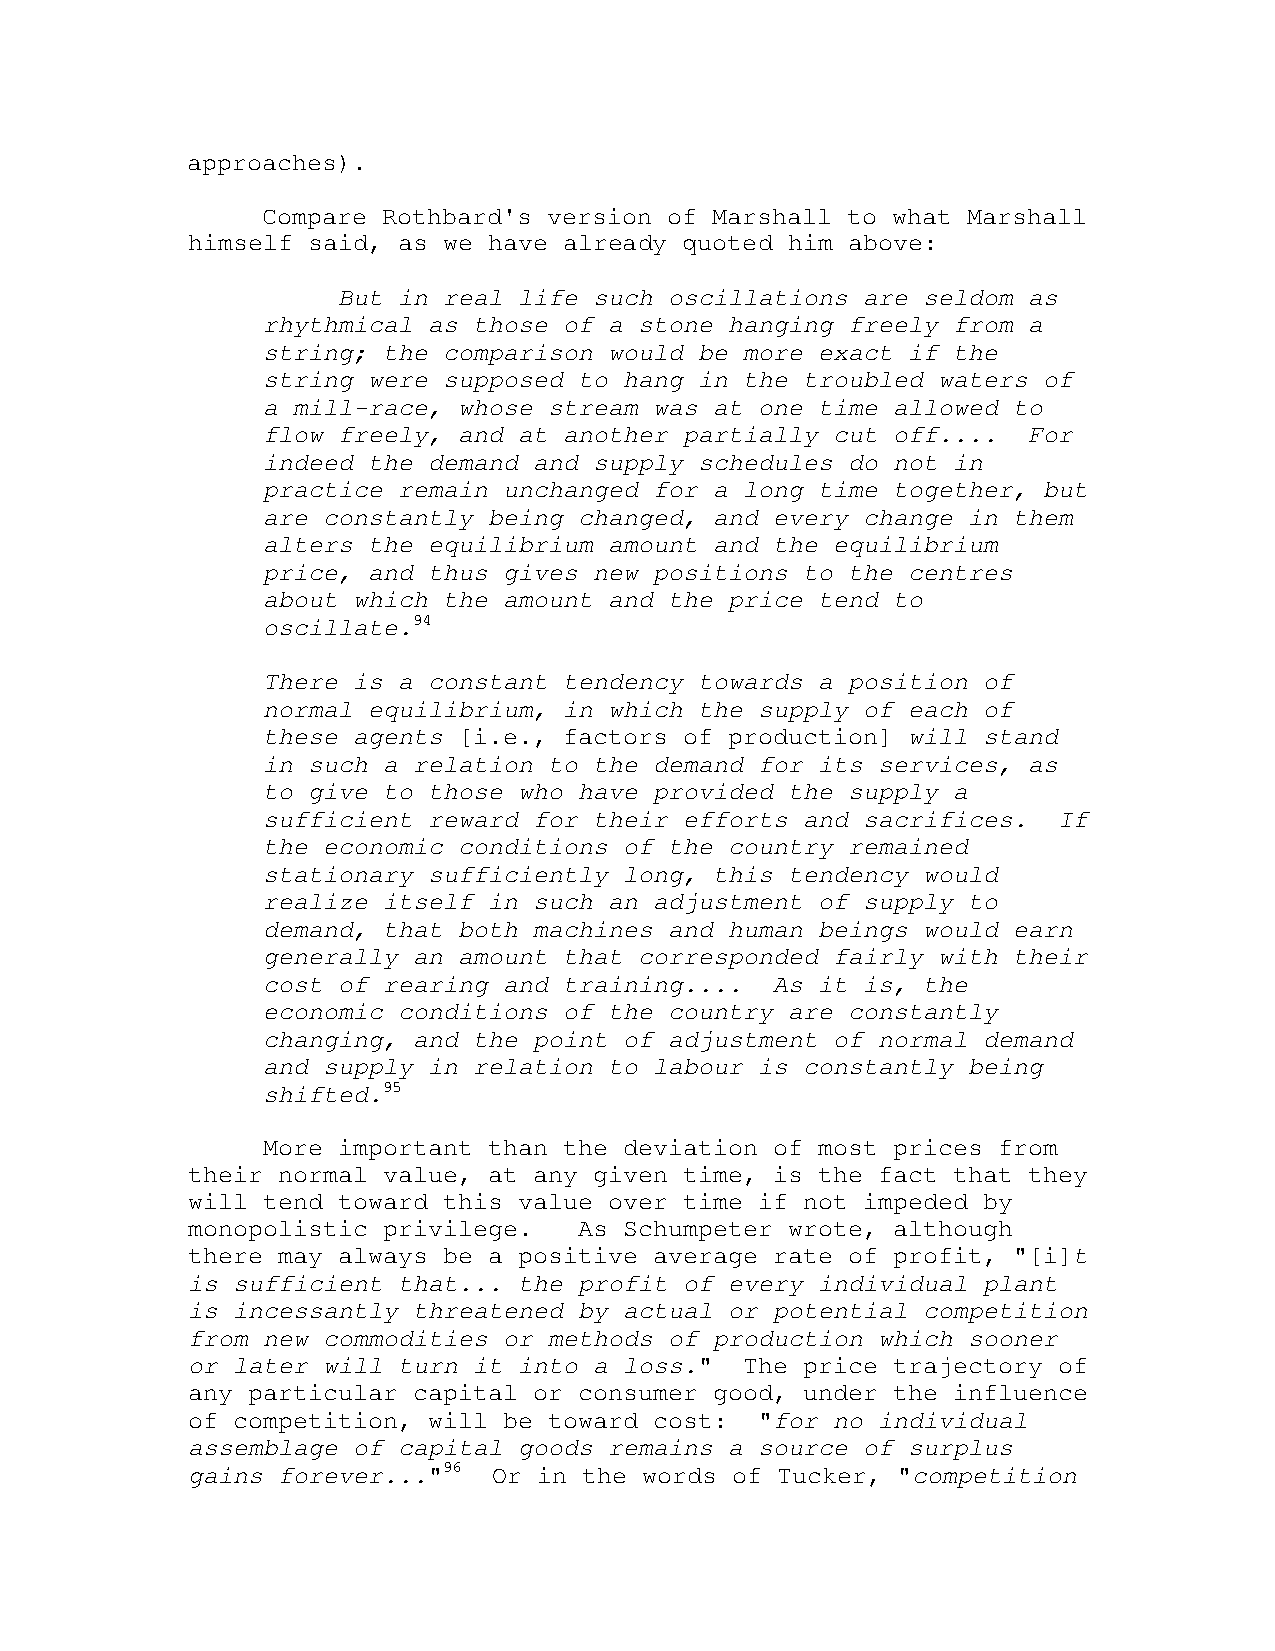
approaches).
 Compare Rothbard's version of Marshall to what Marshall
 himself said, as we have already quoted him above:
 But in real life such oscillations are seldom as
 rhythmical as those of a stone hanging freely from a
 string; the comparison would be more exact if the
 string were supposed to hang in the troubled waters of
 a mill-race, whose stream was at one time allowed to
 flow freely, and at another partially cut off....  For
 indeed the demand and supply schedules do not in
 practice remain unchanged for a long time together, but
 are constantly being changed, and every change in them
 alters the equilibrium amount and the equilibrium
 price, and thus gives new positions to the centres
 about which the amount and the price tend to
 oscillate.94
 There is a constant tendency towards a position of
 normal equilibrium, in which the supply of each of
 these agents [i.e., factors of production] will stand
 in such a relation to the demand for its services, as
 to give to those who have provided the supply a
 sufficient reward for their efforts and sacrifices.  If
 the economic conditions of the country remained
 stationary sufficiently long, this tendency would
 realize itself in such an adjustment of supply to
 demand, that both machines and human beings would earn
 generally an amount that corresponded fairly with their
 cost of rearing and training....  As it is, the
 economic conditions of the country are constantly
 changing, and the point of adjustment of normal demand
 and supply in relation to labour is constantly being
 shifted.95
 More important than the deviation of most prices from
 their normal value, at any given time, is the fact that they
 will tend toward this value over time if not impeded by
 monopolistic privilege.   As Schumpeter wrote, although
 there may always be a positive average rate of profit, "[i]t
 is sufficient that... the profit of every individual plant
 is incessantly threatened by actual or potential competition
 from new commodities or methods of production which sooner
 or later will turn it into a loss."  The price trajectory of
 any particular capital or consumer good, under the influence
 of competition, will be toward cost:  "for no individual
 assemblage of capital goods remains a source of surplus
 gains forever..."96  Or in the words of Tucker, "competition